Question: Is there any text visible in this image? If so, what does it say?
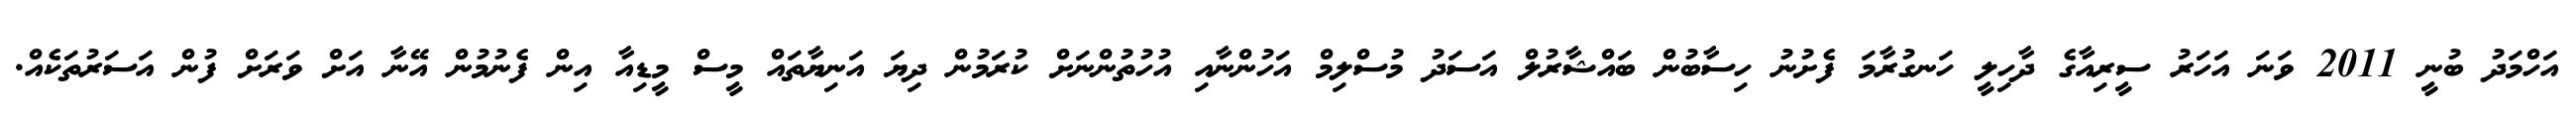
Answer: އަހްމަދު ބުނީ 2011 ވަނަ އަހަރު ސީރިއާގެ ދާހިލީ ހަނގުރާމަ ފެށުނު ހިސާބުން ބައްޝާރުލް އަސަދު މުސްލިމް އަހުންނާއި އުހުތުންނަށް ކުރަމުން ދިޔަ އަނިޔާތައް މީސް މީޑިއާ އިން ފެނުމުން އޭނާ އަށް ވަރަށް ފުން އަސަރުތަކެއް.